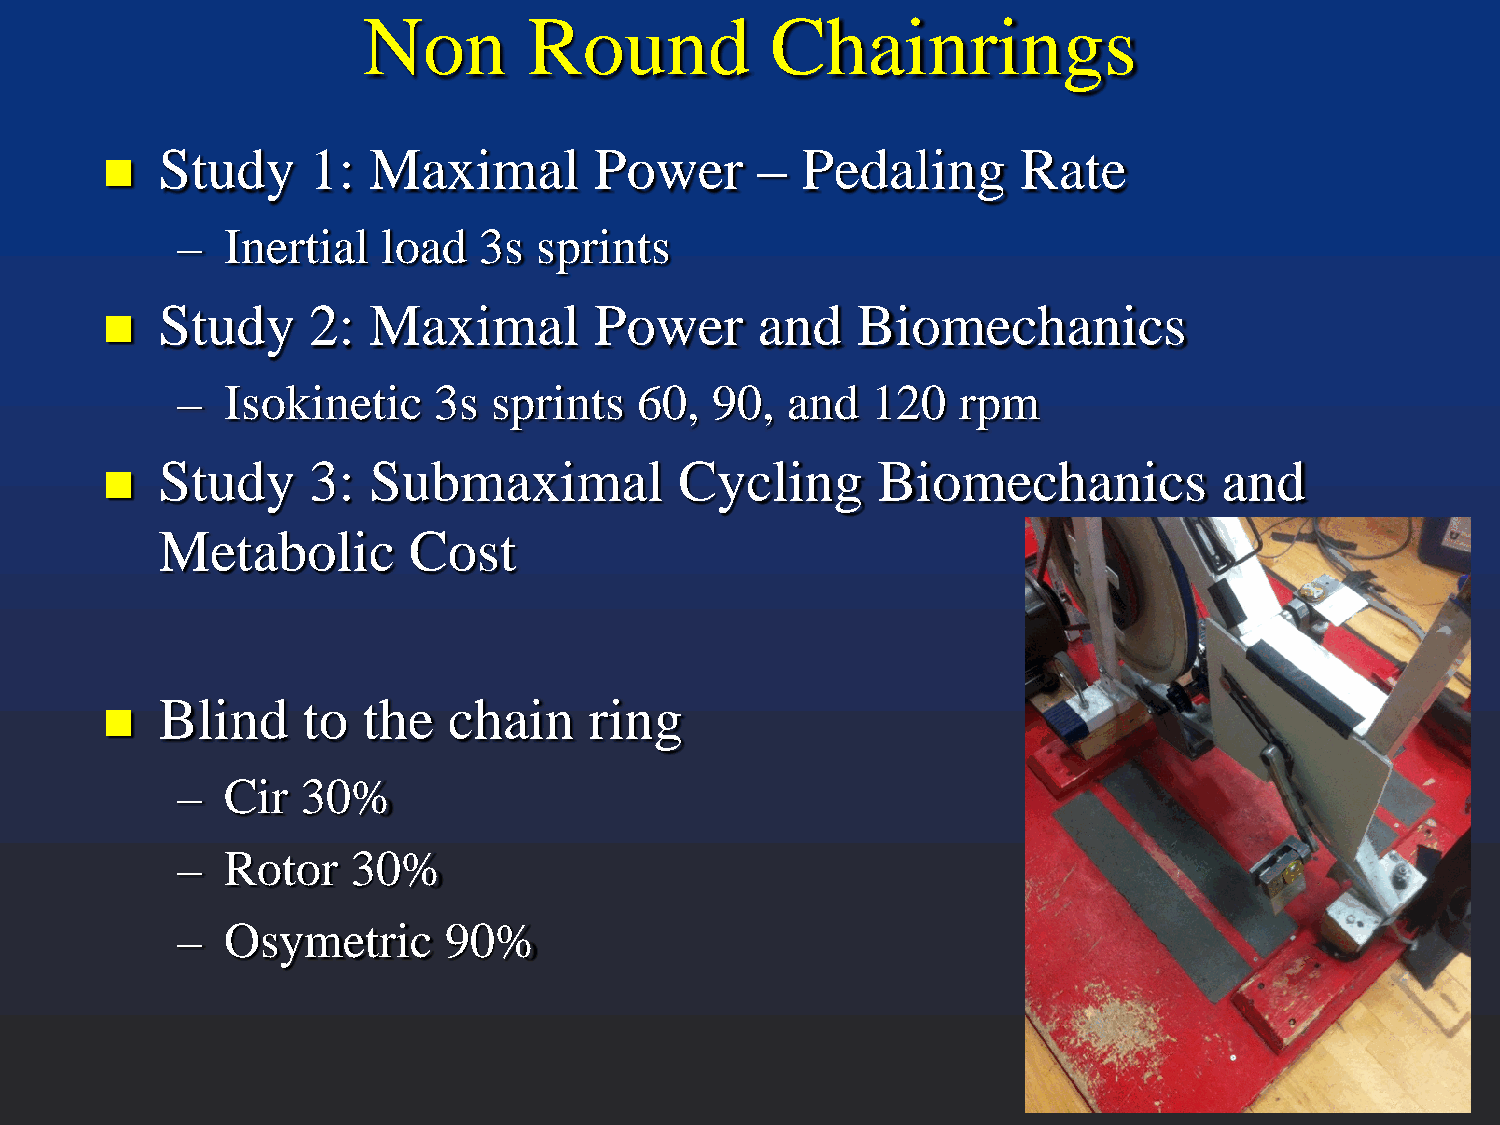
Non        Round           Chainrings
   Study     1:  Maximal        Power      –  Pedaling       Rate
 –  Inertial  load   3s  sprints
   Study     2:  Maximal        Power      and    Biomechanics
 –  Isokinetic    3s sprints   60,  90,  and   120  rpm
   Study     3:  Submaximal           Cycling      Biomechanics           and
 Metabolic        Cost
   Blind     to  the   chain    ring
 –  Cir  30%
 –  Rotor   30%
 –  Osymetric     90%